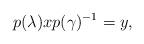
LaTeX: \begin{align*}p(\lambda)xp(\gamma)^{-1}=y, \end{align*}